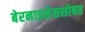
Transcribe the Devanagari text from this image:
बेरनाइसेससोबत